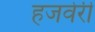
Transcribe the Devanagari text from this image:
हजवेरी